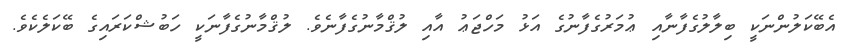
އެބޭކަލުންނަކީ ބިލާލުގެފާނާއި ޢުމަރުގެފާނުގެ އަޅު މަހްޖަޢު އާއި ލުޤްމާނުގެފާނެވެ. ލުޤްމާނުގެފާނަކީ ހަބުޝްކަރައިގެ ބޭކަލެކެވެ.